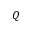
Q